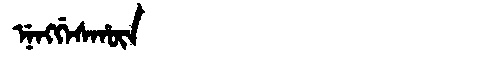
Manchu: ᠨᡝᠩᡤᡝᠰᡥᡡᠨ
Romanization: NENGGESHŪN